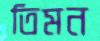
তিমন